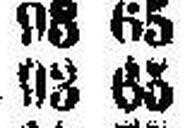
93 65